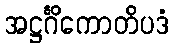
အဋ္ဌင်္ဂိကောတိပဒံ